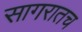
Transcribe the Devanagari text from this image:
सागरातच